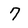
Character: 7